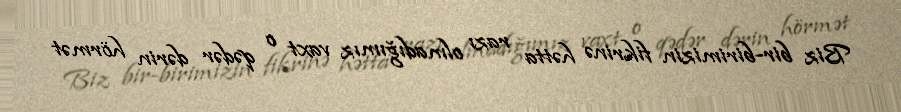
Biz bir-birimizin fikrinə hətta razı olmadığımız vaxt o qədər dərin hörmət